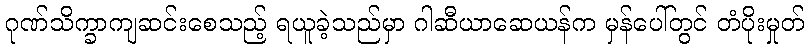
ဂုဏ်သိက္ခာကျဆင်းစေသည့် ရယူခဲ့သည်မှာ ဂါဆီယာဆေယန်က မှန်ပေါ်တွင် တံပိုးမှုတ်